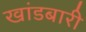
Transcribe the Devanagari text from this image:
खांडबारी